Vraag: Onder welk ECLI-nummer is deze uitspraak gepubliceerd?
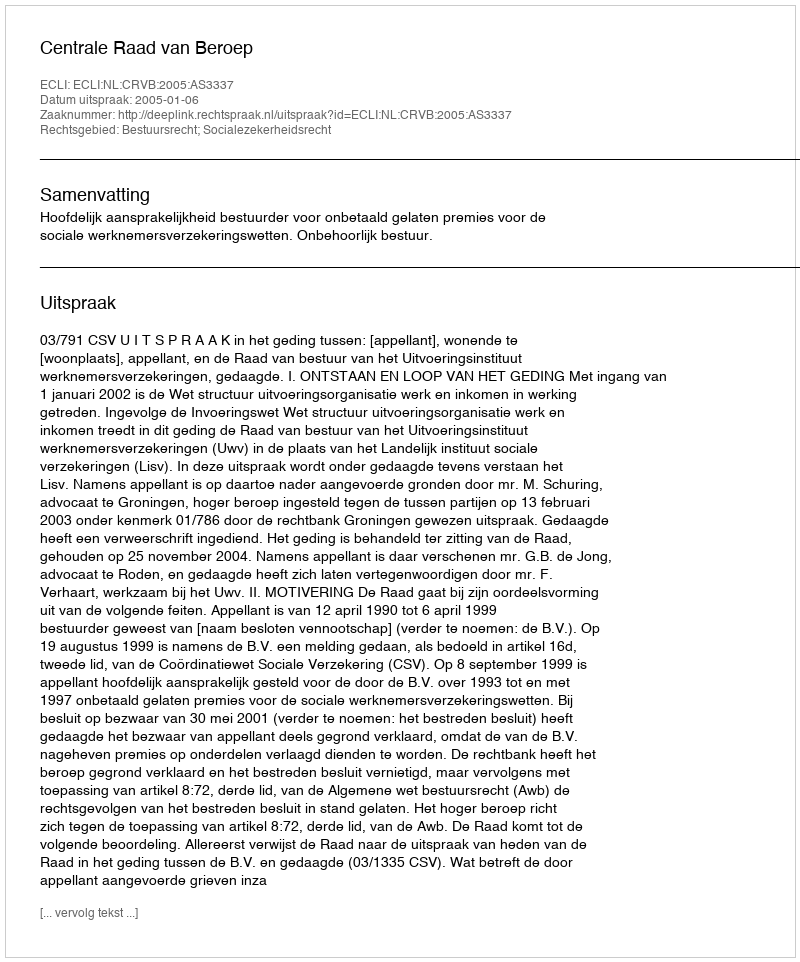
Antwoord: ECLI:NL:CRVB:2005:AS3337